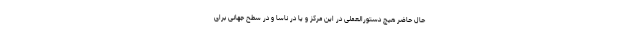
حال حاضر هیچ دستورالعملی در این مرکز و یا در ناسا و در سطح جهانی برای